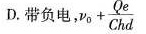
D.带负电， $$v_ { 0 } + \ frac { Q _ { e } } { C h d }$$